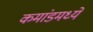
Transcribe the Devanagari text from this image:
कमांडमध्ये